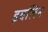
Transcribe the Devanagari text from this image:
इवलिन